Annual report of the Bengal Veterinary College and of the Civil Veterinary Department, Bengal, for the year 1910-1911 - 1910-1911
Year: 1910
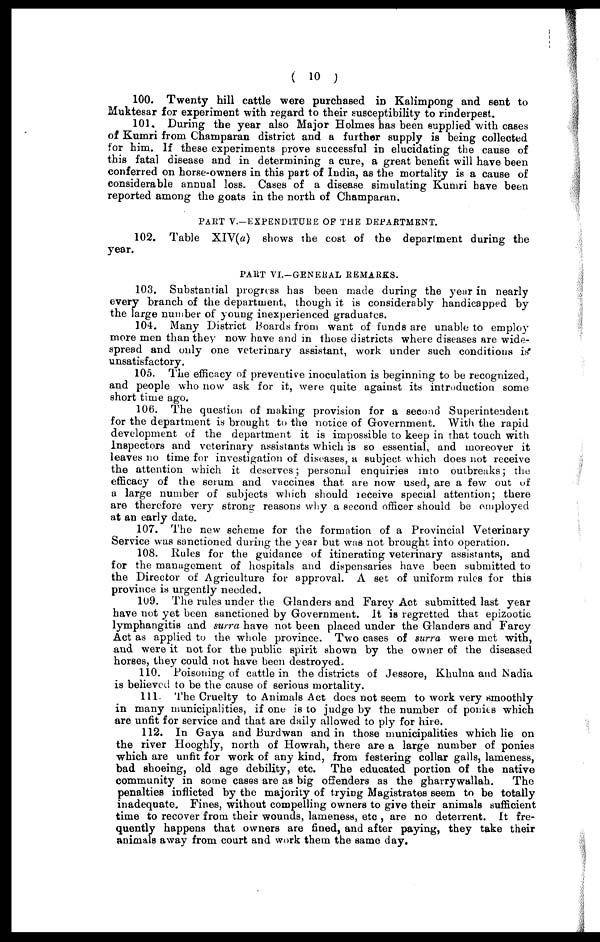
( 10 )
100. Twenty hill cattle were purchased in Kalimpong and sent to
Muktesar for experiment with regard to their susceptibility to rinderpest.
101. During the year also Major Holmes has been supplied with cases
of Kumri from Champaran district and a further supply is being collected
for him. If these experiments prove successful in elucidating the cause of
this fatal disease and in determining a cure, a great benefit will have been
conferred on horse-owners in this part of India, as the mortality is a cause of
considerable annual loss. Cases of a disease simulating Kumri have been
reported among the goats in the north of Champaran.
PART V.-EXPENDLTURE OP THE DEPARTMENT.
102. Table XIV(a) shows the cost of the department during the
year.
PART VI.-GENERAL REMARKS.
103. Substantial progress has been made during the year in nearly
every branch of the department, though it is considerably handicapped by
the large number of young inexperienced graduates.
104. Many District Boards from want of funds are unable to employ
more men than they now have and in those districts where diseases are wide-
spread and only one veterinary assistant, work under such conditions is
unsatisfactory.
105. The efficacy of preventive inoculation is beginning to be recognized,
and people who now ask for it, were quite against its introduction some
short time ago.
106. The question of making provision for a second Superintendent
for the department is brought to the notice of Government. With the rapid
development of the department it is impossible to keep in that touch with
Inspectors and veterinary assistants which is so essential, and moreover it
leaves no time for investigation of diseases, a subject which does not receive
the attention which it deserves; personal enquiries into outbreaks; the
efficacy of the serum and vaccines that are now used, are a few out of
a large number of subjects which should receive special attention; there
are therefore very strong reasons why a second officer should be employed
at an early date.
107. The new scheme for the formation of a Provincial Veterinary
Service was sanctioned during the year but was not brought into operation.
108. Rules for the guidance of itinerating veterinary assistants, and
for the management of hospitals and dispensaries have been submitted to
the Director of Agriculture for approval. A set of uniform rules for this
province is urgently needed.
109. The rules under the Glanders and Farcy Act submitted last year
have not yet been sanctioned by Government. It is regretted that epizootic
lymphangitis and surra have not been placed under the Glanders and Farcy
Act as applied to the whole province. Two cases of surra were met with,
and were it not for the public spirit shown by the owner of the diseased
horses, they could not have been destroyed,
110. Poisoning of cattle in the districts of Jessore, Khulna and Madia
is believed to be the cause of serious mortality.
111- The Cruelty to Animals Act does not seem to work very smoothly
in many municipalities, if one is to judge by the number of ponies which
are unfit for service and that are daily allowed to ply for hire.
112. In Gaya and Burdwan and in those municipalities which lie on
the river Hooghly, north of Howrah, there are a large number of ponies
which are unfit for work of any kind, from festering collar galls, lameness,
bad shoeing, old age debility, etc. The educated portion of the native
community in some cases are as big offenders as the gharrywallah.
The
penalties inflicted by the majority of trying Magistrates seem to be totally
inadequate. Fines, without compelling owners to give their animals sufficient
time to recover from their wounds, lameness, etc , are no deterrent. It fre-
quently happens that owners are fined, and after paying, they take their
animals away from court and work them the same day.